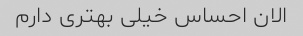
الان احساس خیلی بهتری دارم